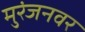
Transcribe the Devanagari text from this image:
मुरंजनवर